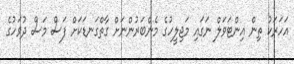
އަހަރަކު ތިން އިންޓަވަލް ނަގައި މަޖިލީހުގެ މެންބަރުންނަށް ގާތްގަނޑަކަށް ފަސް މަސް ދުވަހުގެ